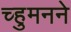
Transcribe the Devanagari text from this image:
च्हुमनने